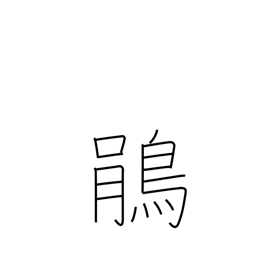
Meaning: cuckoo